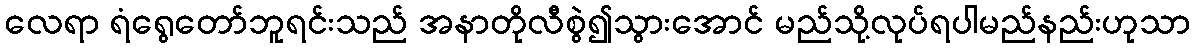
လေရာ ရံရွေတော်ဘူရင်းသည် အနာတိုလီစွဲ၍သွားအောင် မည်သို့လုပ်ရပါမည်နည်းဟုသာ